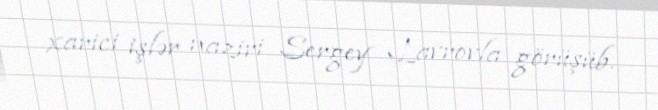
xarici işlər naziri Sergey Lavrovla görüşüb.